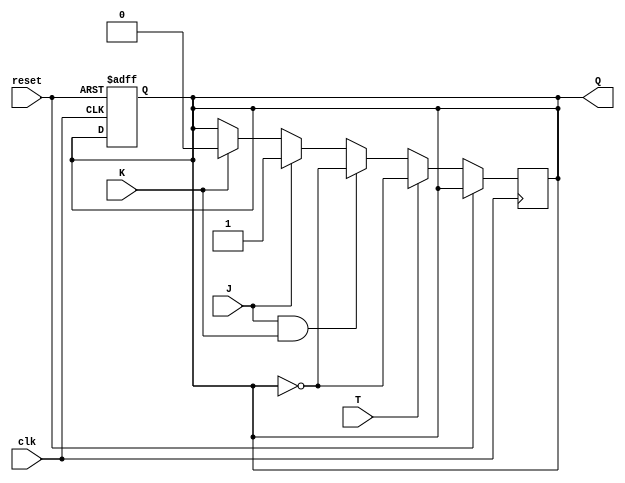
module myTJKFlipFlop(
  input T, J, K, clk, reset,
  output reg Q
);

reg Q_next;

always @(posedge clk or posedge reset) begin
  if (reset) begin
    Q <= 1'b0;
  end else begin
    if(T) begin
      Q_next <= ~Q; // toggle Q when T is high
    end else begin
      if(J && K) begin
        Q_next <= ~Q; // behave like JK flip-flop when both J and K are high
      end else if (J) begin
        Q_next <= 1'b1; // set Q to 1 when J is high
      end else if (K) begin
        Q_next <= 1'b0; // set Q to 0 when K is high
      end else begin
        Q_next <= Q; // do not change Q when neither T, J, nor K is high
      end
    end
  end
end

always @(*) begin
  Q <= Q_next;
end

endmodule